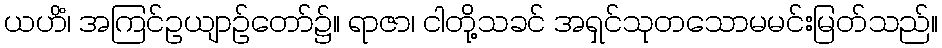
ယဟိံ၊ အကြင်ဥယျာဉ်တော်၌။ ရာဇာ၊ ငါတို့သခင် အရှင်သုတသောမမင်းမြတ်သည်။